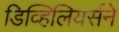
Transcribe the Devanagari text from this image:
डिव्हिलियर्सने